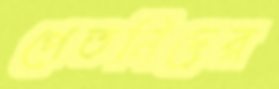
পেতনিদের